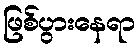
ဖြစ်ပွားနေရာ